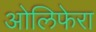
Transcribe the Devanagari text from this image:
ओलिफेरा